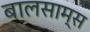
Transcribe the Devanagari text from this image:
बालसाम्स